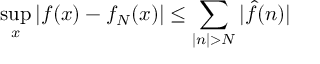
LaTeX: \operatorname* { s u p } _ { x } | f ( x ) - f _ { N } ( x ) | \leq \sum _ { | n | > N } | { \hat { f } } ( n ) |